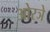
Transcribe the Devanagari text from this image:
ओरञे